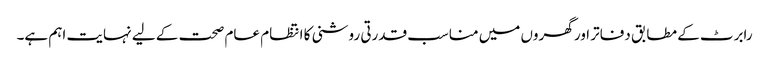
رابرٹ کے مطابق دفاتر اور گھروں میں مناسب قدرتی روشنی کا انتظام عام صحت کے لیے نہایت اہم ہے۔